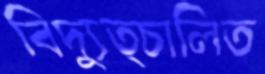
বিদ্যুত্চালিত